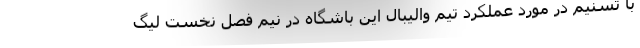
با تسنیم در مورد عملکرد تیم والیبال این باشگاه در نیم فصل نخست لیگ